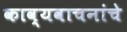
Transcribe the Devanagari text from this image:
काव्यवाचनांचे